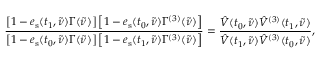
\frac { \left[ 1 - e _ { \mathrm { s } } ( t _ { 1 } , \tilde { \nu } ) \Gamma ( \tilde { \nu } ) \right] \left[ 1 - e _ { \mathrm { s } } ( t _ { 0 } , \tilde { \nu } ) \Gamma ^ { ( 3 ) } ( \tilde { \nu } ) \right] } { \left[ 1 - e _ { \mathrm { s } } ( t _ { 0 } , \tilde { \nu } ) \Gamma ( \tilde { \nu } ) \right] \left[ 1 - e _ { \mathrm { s } } ( t _ { 1 } , \tilde { \nu } ) \Gamma ^ { ( 3 ) } ( \tilde { \nu } ) \right] } = \frac { \hat { V } ( t _ { 0 } , \tilde { \nu } ) \hat { V } ^ { ( 3 ) } ( t _ { 1 } , \tilde { \nu } ) } { \hat { V } ( t _ { 1 } , \tilde { \nu } ) \hat { V } ^ { ( 3 ) } ( t _ { 0 } , \tilde { \nu } ) } ,